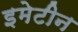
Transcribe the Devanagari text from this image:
इमेटीन